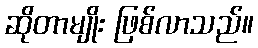
ဆိုတာမျိုး ဖြစ်လာသည်။